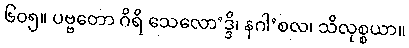
၆၀၅။ ပဗ္ဗတော ဂိရိ သေလော’ဒ္ဒိ၊ နဂါ’စလ၊ သိလုစ္စယာ။